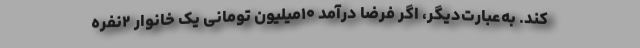
کند. به‌عبارت‌دیگر، اگر فرضاً درآمد ۱۰میلیون تومانی یک خانوار ۲نفره